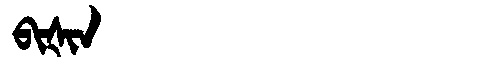
Manchu: ᠪᡳᡧᡳᠨ
Romanization: BIŠIN